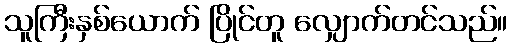
သူကြီးနှစ်ယောက် ပြိုင်တူ လျှောက်တင်သည်။